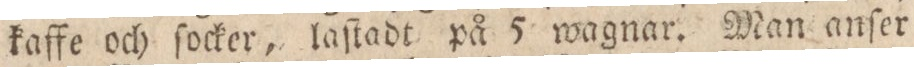
kaffe och ſocker, laſtadt på 5 wagnar. Man anſer